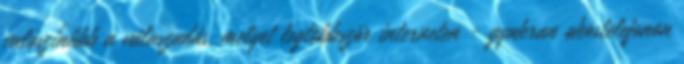
valószínűbb a válaszadás, melyet legtöbbször interneten - gyakran okostelefonon